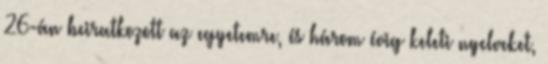
26-án beiratkozott az egyetemre, és három évig keleti nyelveket,